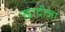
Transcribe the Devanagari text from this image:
ख़ादीजा